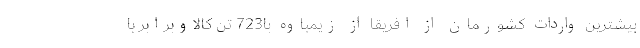
بیشترین واردات کشورمان از افریقا از زیمباوه با723 تن کالاوبرابر با